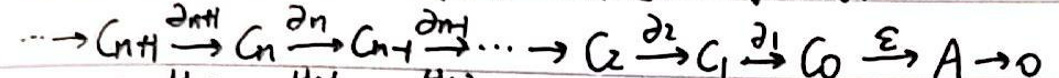
$\cdots \to C_{n + 1} \xrightarrow{\partial_{n+1}} C_{n} \xrightarrow{\partial_{n}} C_{n - 1} \xrightarrow{\partial_{n-1}} \cdots \to C_{2} \xrightarrow{\partial_{2}} C_{1} \xrightarrow{\partial_{1}} C_{0} \xrightarrow{\varepsilon} A \to 0$